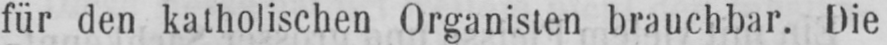
für den katholischen Organisten brauchbar. Die